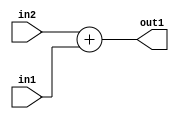
`timescale 1ps / 1ps
/*****************************************************************************
    Verilog RTL Description
    
    
    Created by: Stratus DpOpt 21.05.01 
*******************************************************************************/

module SobelFilter_Add_25Sx14U_25S_4 (
	in2,
	in1,
	out1
	); /* architecture "behavioural" */ 
input [24:0] in2;
input [13:0] in1;
output [24:0] out1;
wire [24:0] asc001;

assign asc001 = 
	+(in2)
	+(in1);

assign out1 = asc001;
endmodule

/* CADENCE  ubHxSw4= : u9/ySxbfrwZIxEzHVQQV8Q== ** DO NOT EDIT THIS LINE ******/